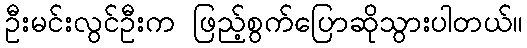
ဦးမင်းလွင်ဦးက ဖြည့်စွက်ပြောဆိုသွားပါတယ်။